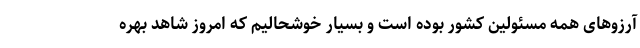
آرزوهای همه مسئولین کشور بوده است و بسیار خوشحالیم که امروز شاهد بهره